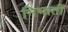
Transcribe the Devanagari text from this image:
निभातीं